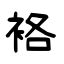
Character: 袼